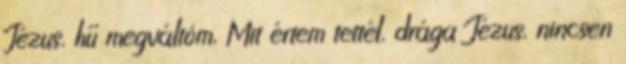
Jézus, hű megváltóm, Mit értem tettél, drága Jézus, nincsen